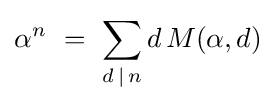
\alpha ^{n}\ =\ \sum _{d\,|\,n}d\,M(\alpha ,d)